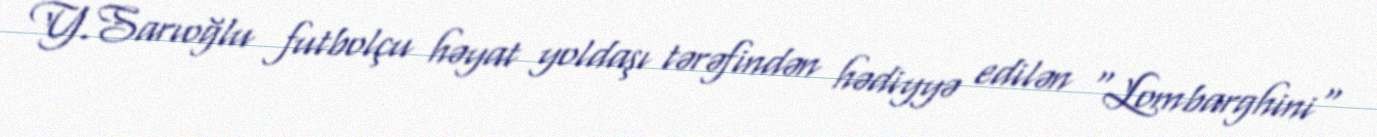
Y.Sarıoğlu futbolçu həyat yoldaşı tərəfindən hədiyyə edilən "Lombarghini"